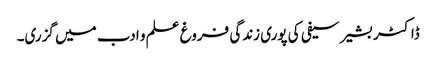
ڈاکٹر بشیر سیفی کی پوری زندگی فروغ علم و ادب میں گزری۔